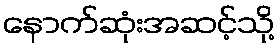
နောက်ဆုံးအဆင့်သို့